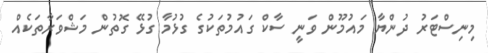
މިނިސްޓަރު ދުންޔާ މައުމޫން ވަނީ ސާކް ގައުމުތަކުގެ ގުޅުމާ ގުޅޭ ގޮތުން މަޝްވަރާތަކެއް